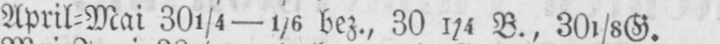
April⸗Mai 301/4-1/6 bez., 301/4 B., 301/8G.